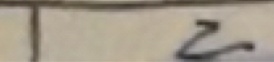
\overline { 1 2 }